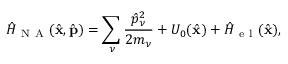
\hat { H } _ { \mathrm { ~ N ~ A ~ } } ( \hat { \mathbf { x } } , \hat { \mathbf { p } } ) = \sum _ { \nu } \frac { \hat { p } _ { \nu } ^ { 2 } } { 2 m _ { \nu } } + U _ { 0 } ( \hat { \mathbf { x } } ) + \hat { H } _ { \mathrm { ~ e ~ l ~ } } ( \hat { \mathbf { x } } ) ,